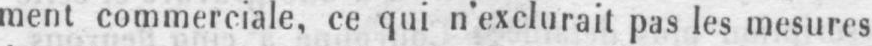
ment commerciale, ce qui n’exclurait pas les mesures